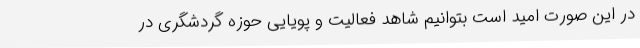
در این صورت امید است بتوانیم شاهد فعالیت و پویایی حوزه گردشگری در